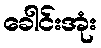
ခေါင်းအုံး